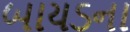
બાયડના